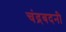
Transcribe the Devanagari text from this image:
चंद्रबदनी